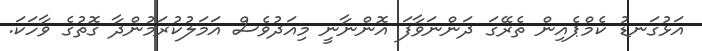
އަޅުގަނޑު ކެމްޕެއިން ތެރޭގަ ދަންނަވާފަ އޮންނާނީ މިއަދުވެސް އަމަލުކުރަމުންދާ ގޮތުގެ ވާހަކަ.